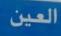
العين